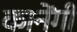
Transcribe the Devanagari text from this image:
कानेंगी